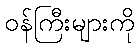
ဝန်ကြီးများကို